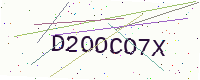
Text: D2OOCO7X